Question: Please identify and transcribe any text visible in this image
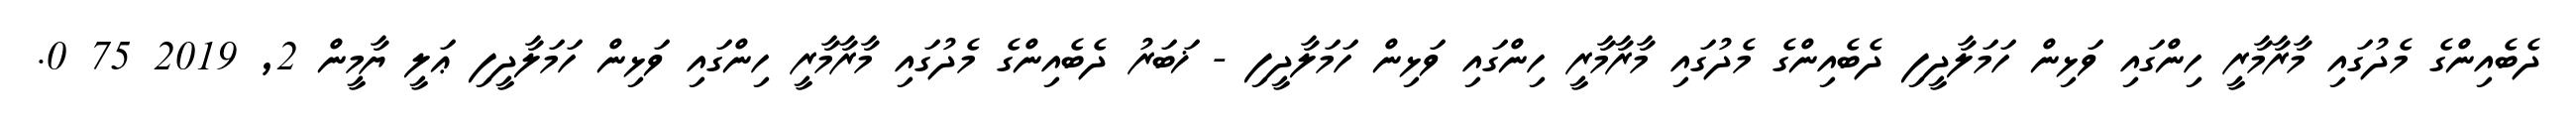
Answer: ދެބެއިންގެ މެދުގައި މާރާމާރީ ހިންގައި ވަޅިން ހަމަލާދީފި ދެބެއިންގެ މެދުގައި މާރާމާރީ ހިންގައި ވަޅިން ހަމަލާދީފި - ޚަބަރު ދެބެއިންގެ މެދުގައި މާރާމާރީ ހިންގައި ވަޅިން ހަމަލާދީފި ޢަލީ ޔާމީން 2, 2019 75 0.